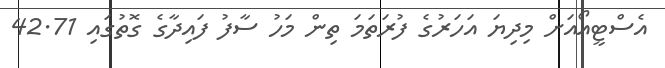
އެސްޓީއޯއަށް މިދިޔަ އަހަރުގެ ފުރަތަމަ ތިން މަހު ސާފު ފައިދާގެ ގޮތުގައި 42.71